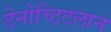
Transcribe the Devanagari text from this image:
टेनोच्टिटलान